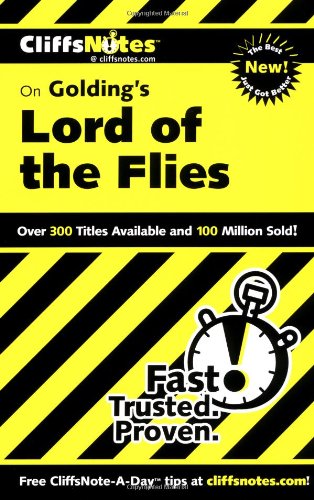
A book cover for CliffsNotes on Golding's Lord of the Flies (Cliffsnotes Literature); Maureen Kelly; Literature & Fiction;